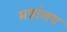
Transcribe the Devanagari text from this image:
मत्रांलय